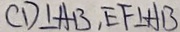
C D \bot A B , E F \bot A B